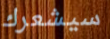
سيشعرك